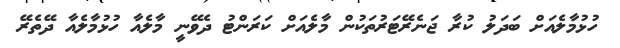
ހުޅުމާލެއަށް ބަދަލު ކުރާ ޖަނެރޭޓަރުތަކުން މާލެއަށް ކަރަންޓު ދެވޭނީ މާލެއާ ހުޅުމާލެއާ ދޭތެރޭ